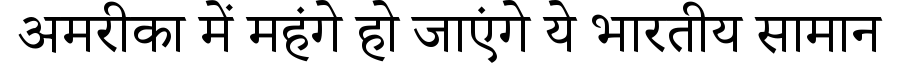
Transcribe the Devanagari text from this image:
अमरीका में महंगे हो जाएंगे ये भारतीय सामान